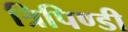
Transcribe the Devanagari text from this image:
त्रिपिण्डी